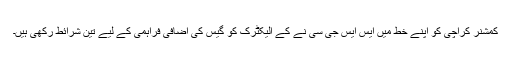
کمشنر کراچی کو اپنے خط میں ایس ایس جی سی نے کے الیکٹرک کو گیس کی اضافی فراہمی کے لیے تین شرائط رکھی ہیں۔